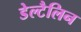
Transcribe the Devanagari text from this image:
डेल्टैलिन